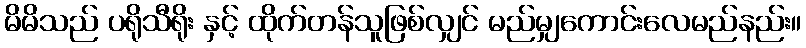
မိမိသည် ပရိုသီရိုး နှင့် ထိုက်တန်သူဖြစ်လျှင် မည်မျှကောင်းလေမည်နည်း။